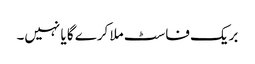
بریک فاسٹ ملا کرے گا یا نہیں۔